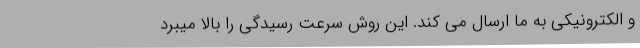
و الکترونیکی به ما ارسال می کند. این روش سرعت رسیدگی را بالا میبرد